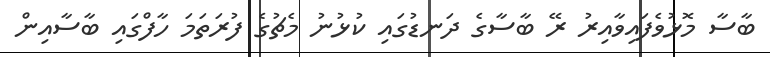
ބާސާ މޮޅުވެފައިވާއިރު ރޭ ބާސާގެ ދަނޑުގައި ކުޅުނު މެޗުގެ ފުރަތަމަ ހާފްގައި ބާސާއިން